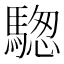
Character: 騘